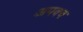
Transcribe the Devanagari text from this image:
अपक्‍व